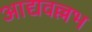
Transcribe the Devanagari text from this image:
आद्यवल्लभ